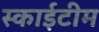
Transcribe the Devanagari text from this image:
स्‍काईटीम